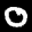
Label: 0